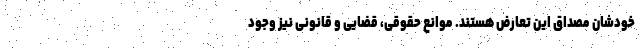
خودشان مصداق این تعارض هستند. موانع حقوقی، قضایی و قانونی نیز وجود